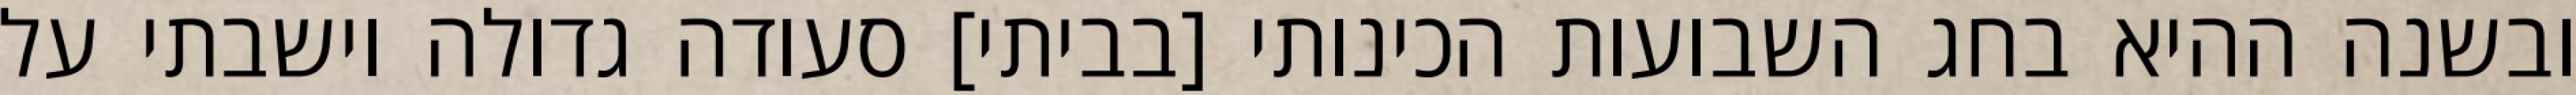
ובשנה ההיא בחג השבועות הכינותי [בביתי] סעודה גדולה וישבתי על